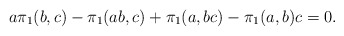
\begin{align*}a\pi_1(b,c) - \pi_1(ab,c) + \pi_1(a,bc) - \pi_1(a,b)c = 0.\end{align*}